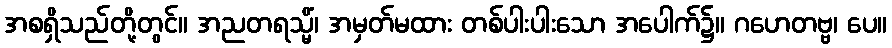
အစရှိသည်တို့တွင်။ အညတရသ္မိံ၊ အမှတ်မထား တစ်ပါးပါးသော အပေါက်၌။ ဂဟေတဗ္ဗ၊ ပေ။